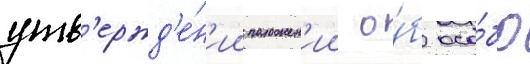
утв'ержд'е́н'ии положен'ии о́б осо́бо